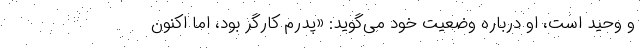
و وحید است، او درباره وضعیت خود می‌گوید: «پدرم کارگر بود، اما اکنون